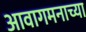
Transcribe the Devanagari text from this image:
आवागमनाच्या